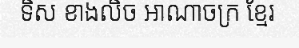
ទិស ខាងលិច អាណាចក្រ ខ្មែរ